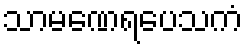
သာမဏေရပေသကံ